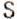
S